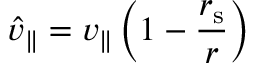
{ \hat { v } } _ { \parallel } = v _ { \parallel } \left( 1 - { \frac { r _ { \mathrm { { s } } } } { r } } \right)